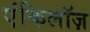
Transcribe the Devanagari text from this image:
एंकिलॉज़